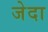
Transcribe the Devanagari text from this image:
जेदा